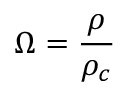
\Omega = { \frac { \rho } { \rho _ { c } } }